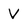
Character: V